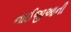
નાઈજીઆની